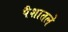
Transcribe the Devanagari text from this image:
पैशातले